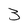
Character: 3